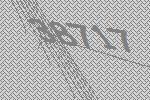
38717